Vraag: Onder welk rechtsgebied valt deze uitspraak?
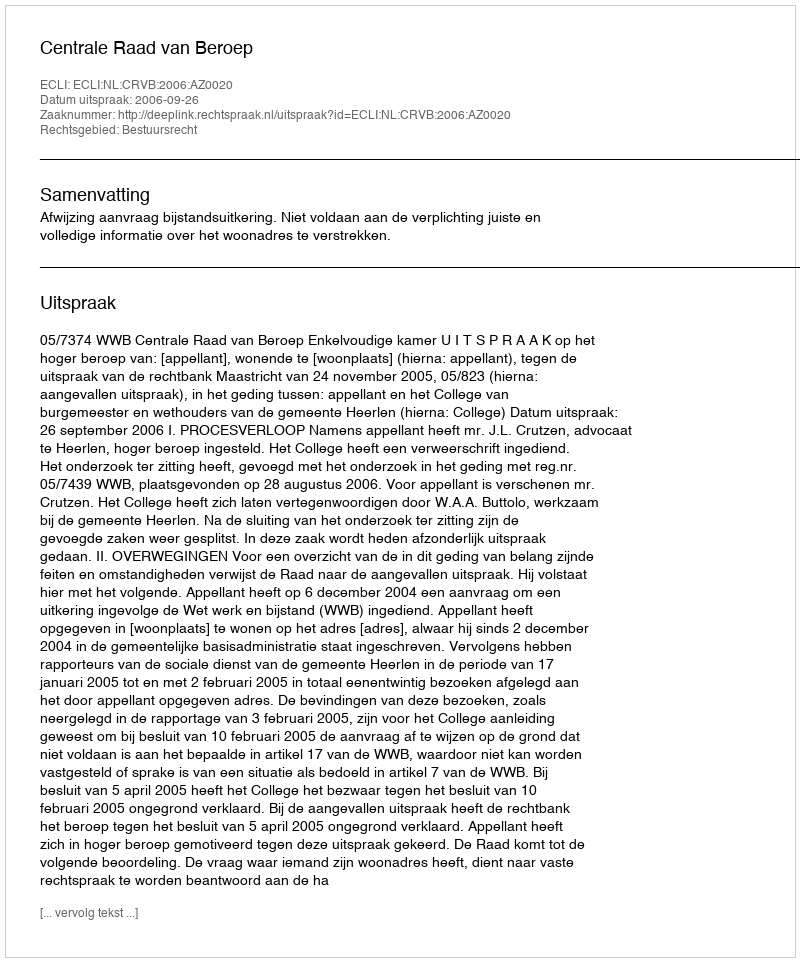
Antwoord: Bestuursrecht